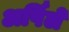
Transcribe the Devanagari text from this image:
अर्पिले